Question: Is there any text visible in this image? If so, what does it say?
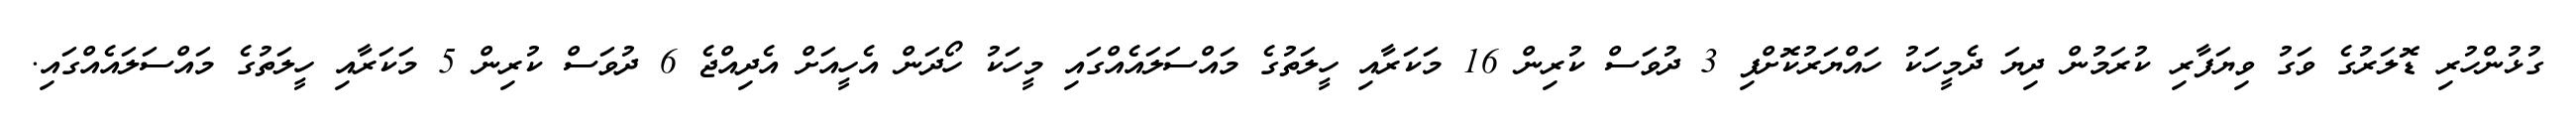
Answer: ގުޅުންހުރި ޑޮލަރުގެ ވަގު ވިޔަފާރި ކުރަމުން ދިޔަ ދެމީހަކު ހައްޔަރުކޮށްފި 3 ދުވަސް ކުރިން 16 މަކަރާއި ހީލަތުގެ މައްސަލައެއްގައި މީހަކު ހޯދަން އެހީއަށް އެދިއްޖެ 6 ދުވަސް ކުރިން 5 މަކަރާއި ހީލަތުގެ މައްސަލައެއްގައި.